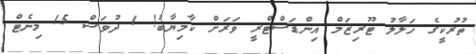
ތުރުކީގެ ހަލާލު ޓޫރިޒަމް އިންޑަސްޓްރީ ވަރަށް ކާމިޔާބު! 1 ދުވަސް 15 މިނެޓް